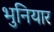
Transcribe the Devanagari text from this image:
भुनियार